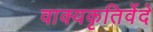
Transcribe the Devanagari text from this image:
वाक्यकृतिर्वेदे